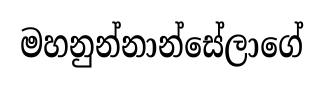
මහනුන්නාන්සේලාගේ